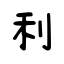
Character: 利